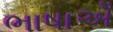
ભાષાએઁ